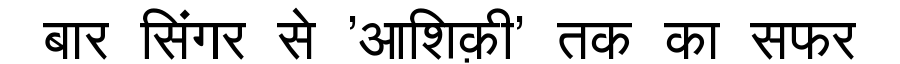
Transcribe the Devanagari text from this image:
बार सिंगर से 'आशिक़ी' तक का सफर